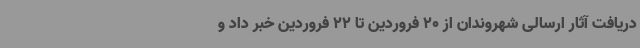
دریافت آثار ارسالی شهروندان از 20 فروردین تا 22 فروردین خبر داد و